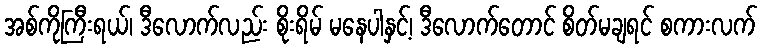
အစ်ကိုကြီးရယ်၊ ဒီလောက်လည်း စိုးရိမ် မနေပါနှင့်၊ ဒီလောက်တောင် စိတ်မချရင် စကားလက်